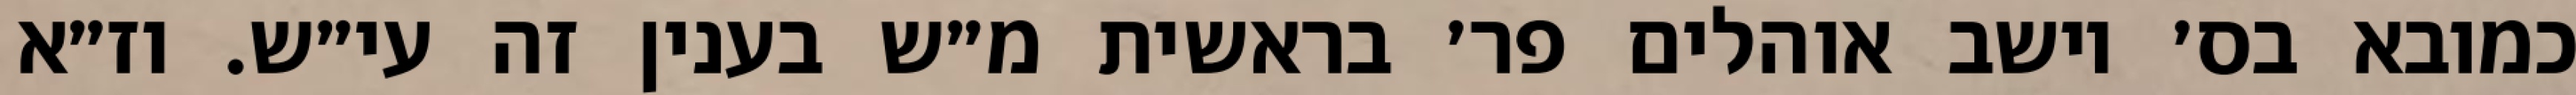
כמובא בס׳ יושב אוהלים פר׳ בראשית מ״ש בענין זה עי״ש. וז״א